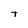
Character: T